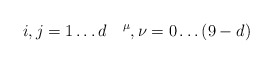
\begin{align*}i,j = 1 \ldots d \quad \sp \mu,\nu = 0 \ldots (9-d)\end{align*}